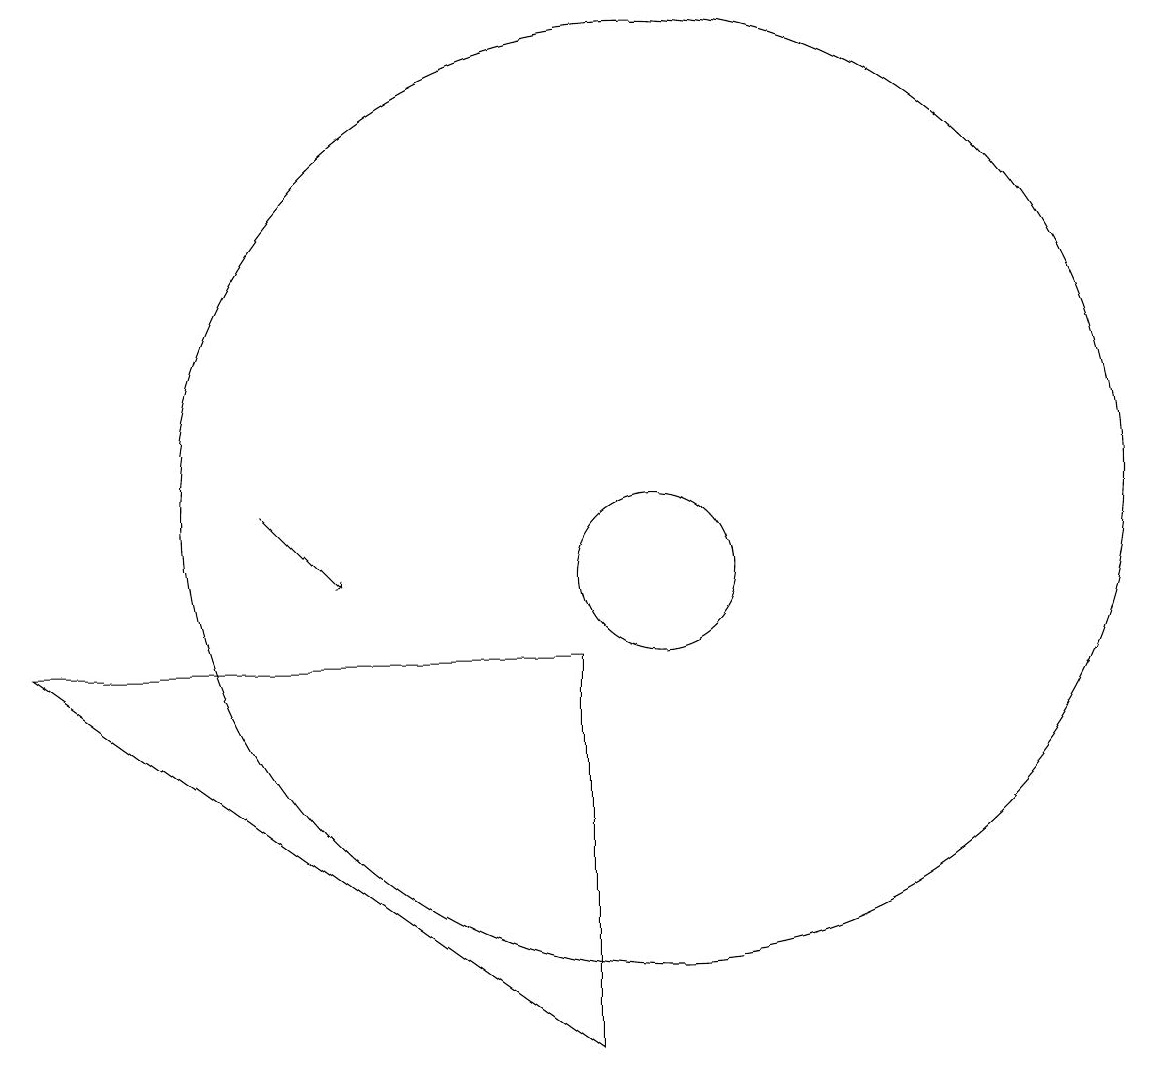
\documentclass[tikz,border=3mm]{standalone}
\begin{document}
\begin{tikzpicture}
\draw[->] (5,11) -- (6,10);
\draw (10,10) circle (1);
\draw (10,11) circle (6);
\draw (9,4) -- (2,9) -- (9,9) -- cycle;
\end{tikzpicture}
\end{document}